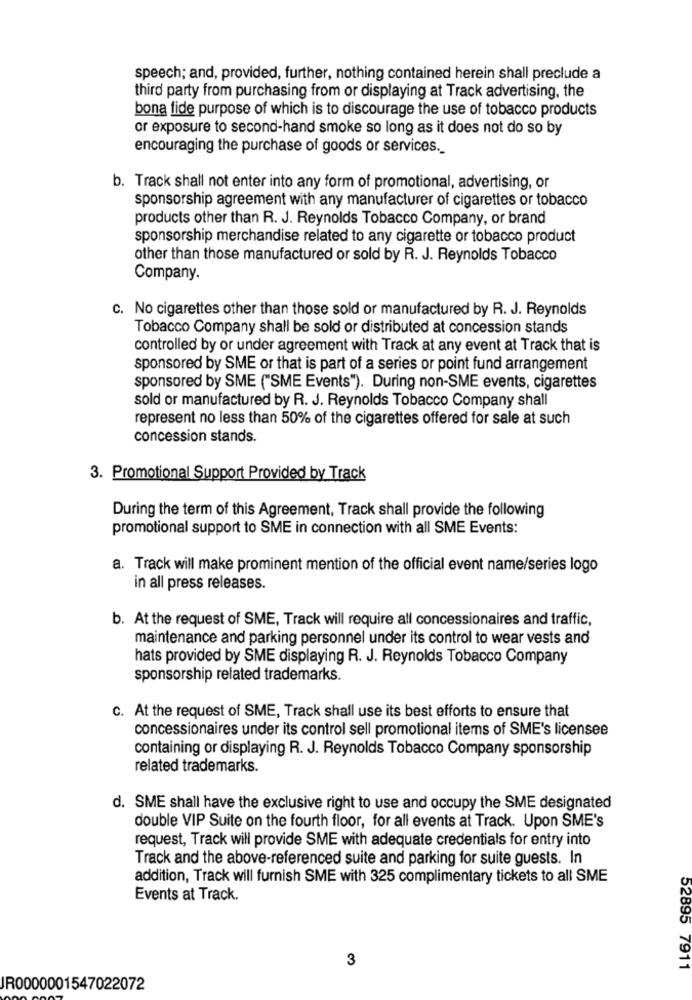
speech; and, provided, further, nothing contained herein shall preclude a
third party from purchasing from or displaying at Track advertising, the
bona fide purpose of which is to discourage the use of tobacco products
or exposure to second-hand smoke so long as it does not do so by
encouraging the purchase of goods or services.
b. Track shall not enter into any form of promotional, advertising, or
sponsorship agreement with any manufacturer of cigarettes or tobacco
products other than R. J. Reynolds Tobacco Company, or brand
sponsorship merchandise related to any cigarette or tobacco product
other than those manufactured or sold by R. J. Reynolds Tobacco
Company.
c. No cigarettes other than those sold or manufactured by R. J. Reynolds
Tobacco Company shall be sold or distributed at concession stands
controlled by or under agreement with Track at any event at Track that is
sponsored by SME or that is part of a series or point fund arrangement
sponsored by SME ("SME Events"). During non-SME events, cigarettes
sold or manufactured by R. J. Reynolds Tobacco Company shall
represent no less than 50% of the cigarettes offered for sale at such
concession stands.
3. Promotional Support Provided by Track
During the term of this Agreement, Track shall provide the following
promotional support to SME in connection with all SME Events:
a. Track will make prominent mention of the official event name/series logo
in all press releases.
b. At the request of SME, Track will require all concessionaires and traffic,
maintenance and parking personnel under its control to wear vests and
hats provided by SME displaying R. J. Reynolds Tobacco Company
sponsorship related trademarks.
c. At the request of SME, Track shall use its best efforts to ensure that
concessionaires under its control sell promotional items of SME's licensee
containing or displaying R. J. Reynolds Tobacco Company sponsorship
related trademarks.
d. SME shall have the exclusive right to use and occupy the SME designated
double VIP Suite on the fourth floor, for all events at Track. Upon SME's
request, Track will provide SME with adequate credentials for entry into
Track and the above-referenced suite and parking for suite guests. In
addition, Track will furnish SME with 325 complimentary tickets to all SME
Events at Track.
3
52895 7911
JR0000001547022072